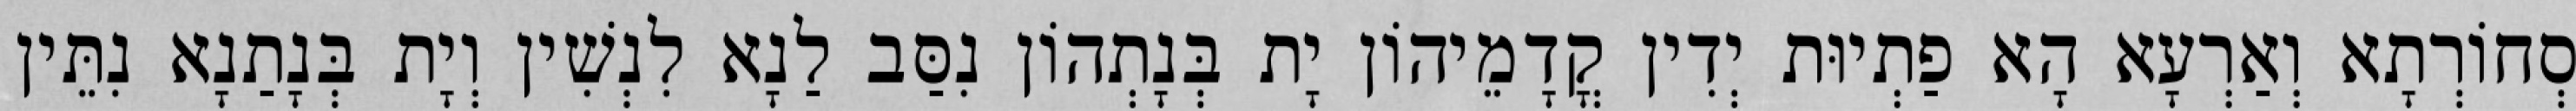
סְחוֹרְתָא וְאַרְעָא הָא פַתְיוּת יְדִין קֳדָמֵיהוֹן יָת בְּנָתְהוֹן נִסַּב לַנָא לִנְשִׁין וְיָת בְּנָתַנָא נִתֵּין